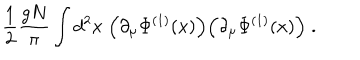
LaTeX: \frac { 1 } { 2 } \frac { g N } { \pi } \int d ^ { 2 } x \; \Big ( \partial _ { \mu } \Phi ^ { ( 1 ) } ( x ) \Big ) \Big ( \partial _ { \mu } \Phi ^ { ( 1 ) } ( x ) \Big ) \; .